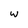
Character: w